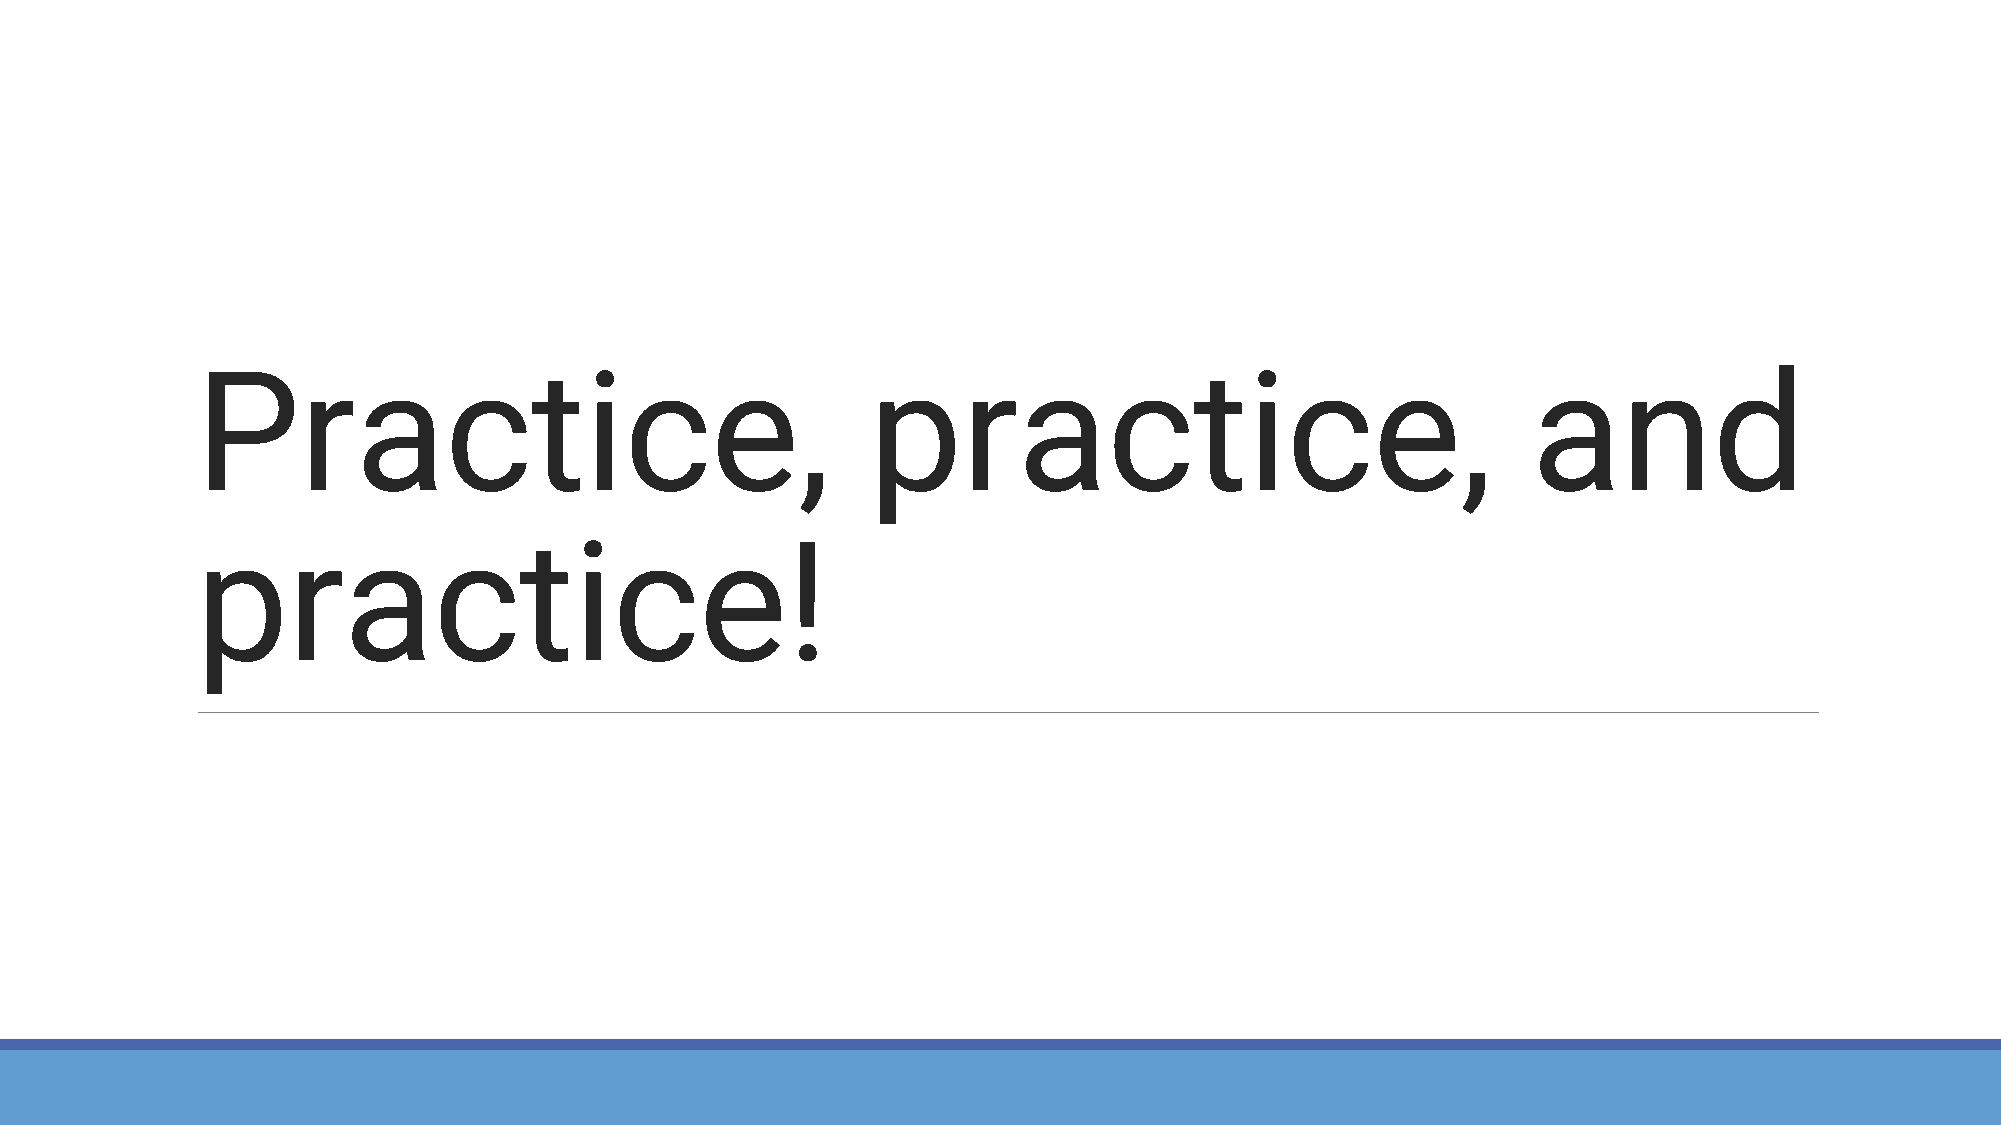
Practice,                                    practice,                                  and
 practice!